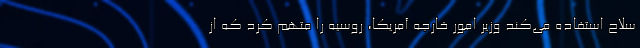
سلاح استفاده می‌کند وزیر امور خارجه آمریکا، روسیه را متهم کرد که از